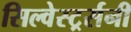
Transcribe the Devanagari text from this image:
सिल्वेस्टर्र्सनी